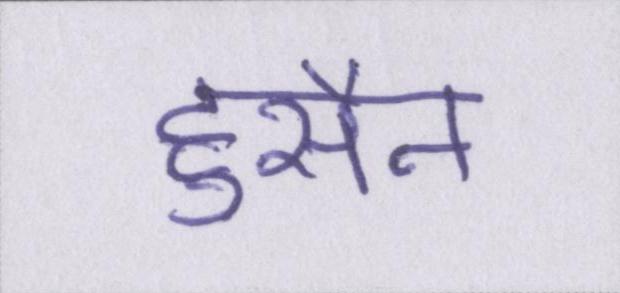
हुसैन